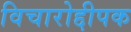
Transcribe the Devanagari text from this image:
विचारोद्दीपक